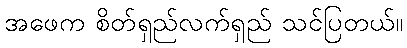
အဖေက စိတ်ရှည်လက်ရှည် သင်ပြတယ်။